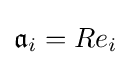
{\mathfrak {a}}_{i}=Re_{i}